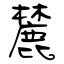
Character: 麓